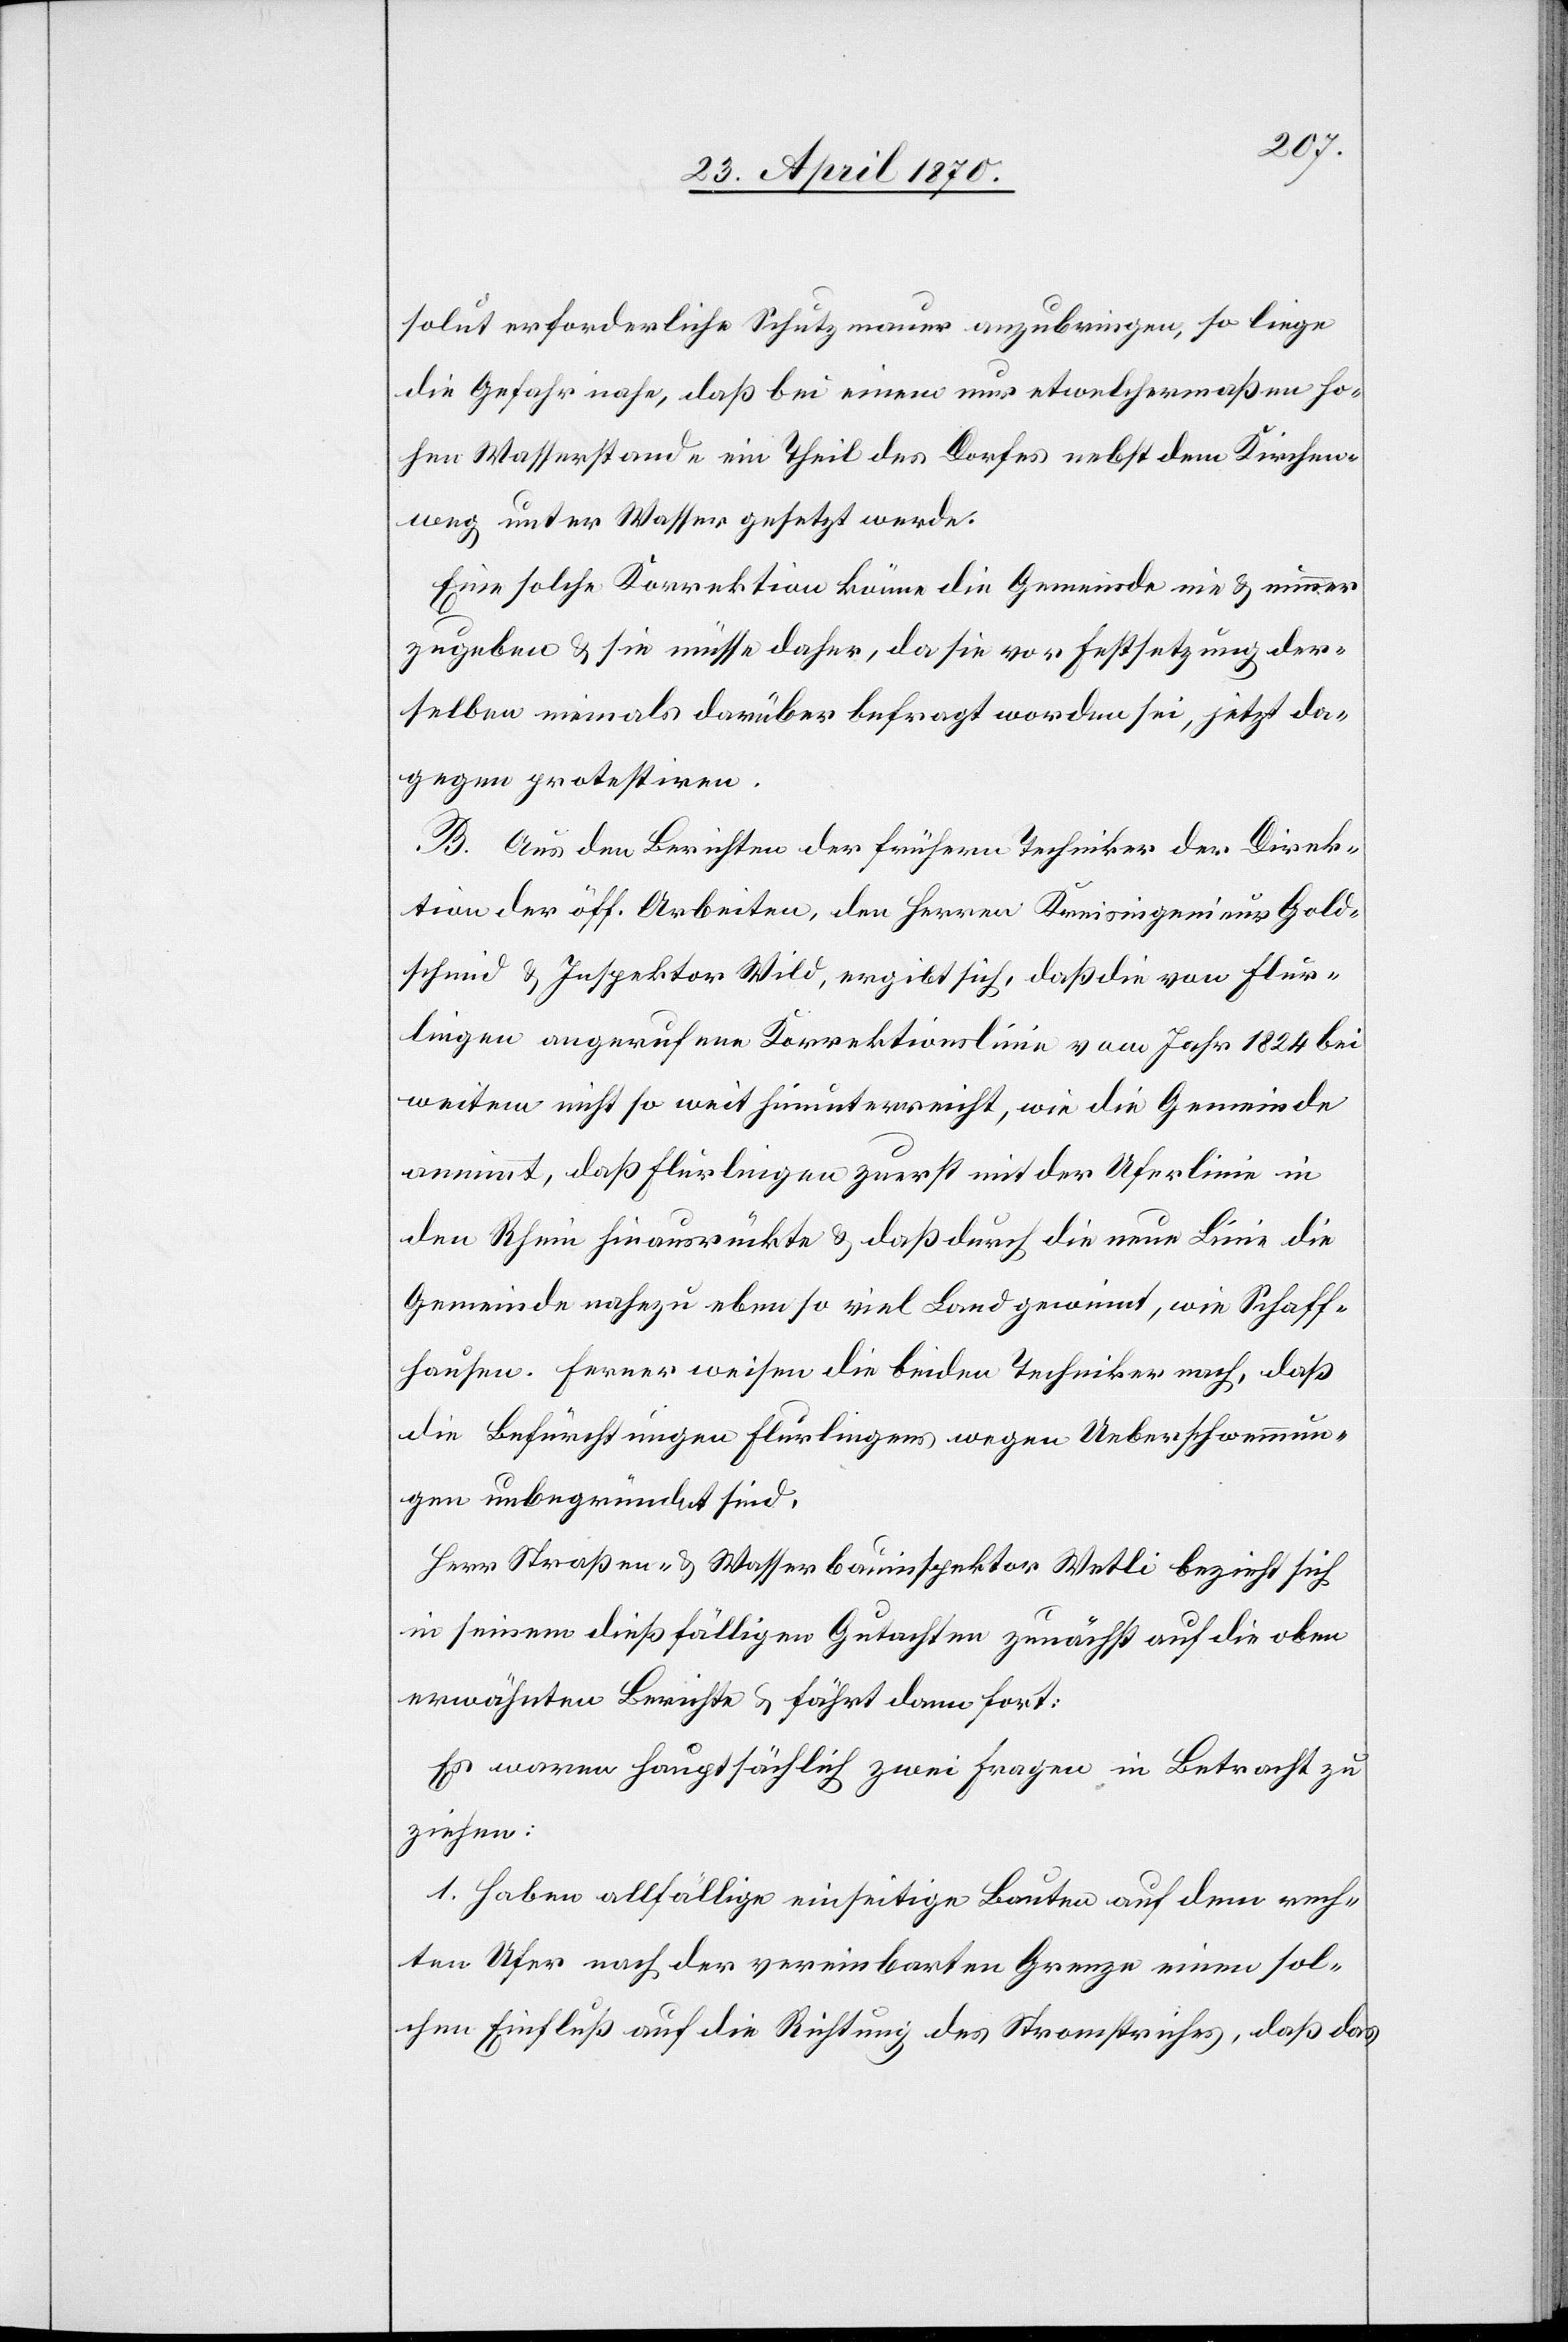
solut erforderliche Schutzmauer anzubringen, so liege
die Gefahr nahe, daß bei einem nur etwelchermaßen ho¬
hen Wasserstande ein Theil des Dorfes nebst dem Kirchen¬
weg unter Wasser gesetzt werde.
Eine solche Korrektion könne die Gemeinde nie & nimmer
zugeben & sie müsse daher, da sie vor Festsetzung der¬
selben niemals darüber befragt worden sei, jetzt da¬
gegen protestiren.
B. Aus den Berichten der frühern Techniker der Direk¬
tion der öff. Arbeiten, den Herren Kreisingenieur Gold¬
schmid & Inspektor Wild, ergibt sich, daß die von Flur¬
lingen angerufene Korrektionslinie vom Jahr 1824 bei
weitem nicht so weit hinunterreicht, wie die Gemeinde
annimmt, daß Flurlingen zuerst mit der Uferlinie in
den Rhein hinausrückte & daß durch die neue Linie die
Gemeinde nahezu eben so viel Land gewinnt, wie Schaff¬
hausen. Ferner weisen die beiden Techniker nach, daß
die Befürchtungen Flurlingens wegen Ueberschwemmun¬
gen unbegründet sind.
Herr Straßen- & Wasserbauinspektor Wetli bezieht sich
in seinem dießfälligen Gutachten zunächst auf die oben
erwähnten Berichte & fährt dann fort:
Es waren hauptsächlich zwei Fragen in Betracht zu
ziehen:
1. Haben allfällige einseitige Bauten auf dem rech¬
ten Ufer nach der vereinbarten Grenze einen sol¬
chen Einfluß auf die Richtung des Stromstriches, daß das